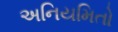
અનિયમિતો